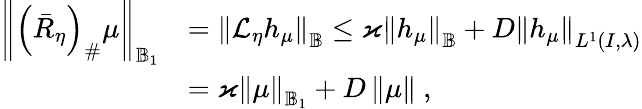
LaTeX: \begin{array}{rl}{\left\Vert\left(\bar{R}_{\eta}\right)_{\# }\mu\right\Vert_{\mathbb{B}_{1}}}&{=\left\Vert\mathcal{L}_{\eta}h_{\mu}\right\Vert_{\mathbb{B}}\leq\varkappa\left\Vert h_{\mu}\right\Vert_{\mathbb{B}}+D\left\Vert h_{\mu}\right\Vert_{L^{1}\left(I,\lambda\right)}}\\ &{=\varkappa\left\Vert\mu\right\Vert_{\mathbb{B}_{1}}+D\left\Vert\mu\right\Vert\ ,}\end{array}